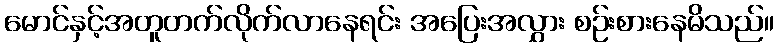
မောင်နှင့်အတူတက်လိုက်လာနေရင်း အပြေးအလွှား စဉ်းစားနေမိသည်။